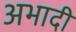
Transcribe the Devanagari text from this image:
अभादी